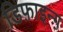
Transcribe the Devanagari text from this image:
डिफ़ाइन्ग